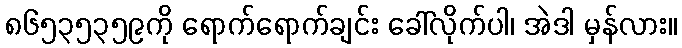
၈၆၅၃၅၃၅၉ကို ရောက်ရောက်ချင်း ခေါ်လိုက်ပါ၊ အဲဒါ မှန်လား။